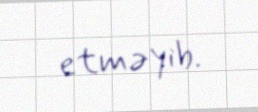
etməyib.